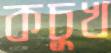
কচুখ